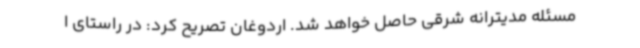
مسئله مدیترانه شرقی حاصل خواهد شد. اردوغان تصریح کرد: در راستای ا